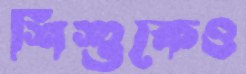
শিশুকেও